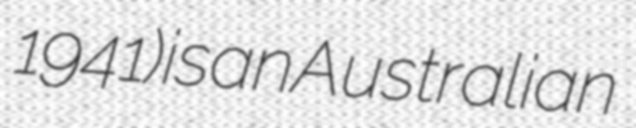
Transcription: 1941) is an Australian